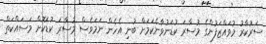
ސަރުކާރު މުވައްޒަފުންގެ މުސާރަ ކުޑަނުވާނެކަމަށް ބުނި އެހެން ނަމަވެސް މުސާރަ ކުޑަކޮށް މަސައްކަތް